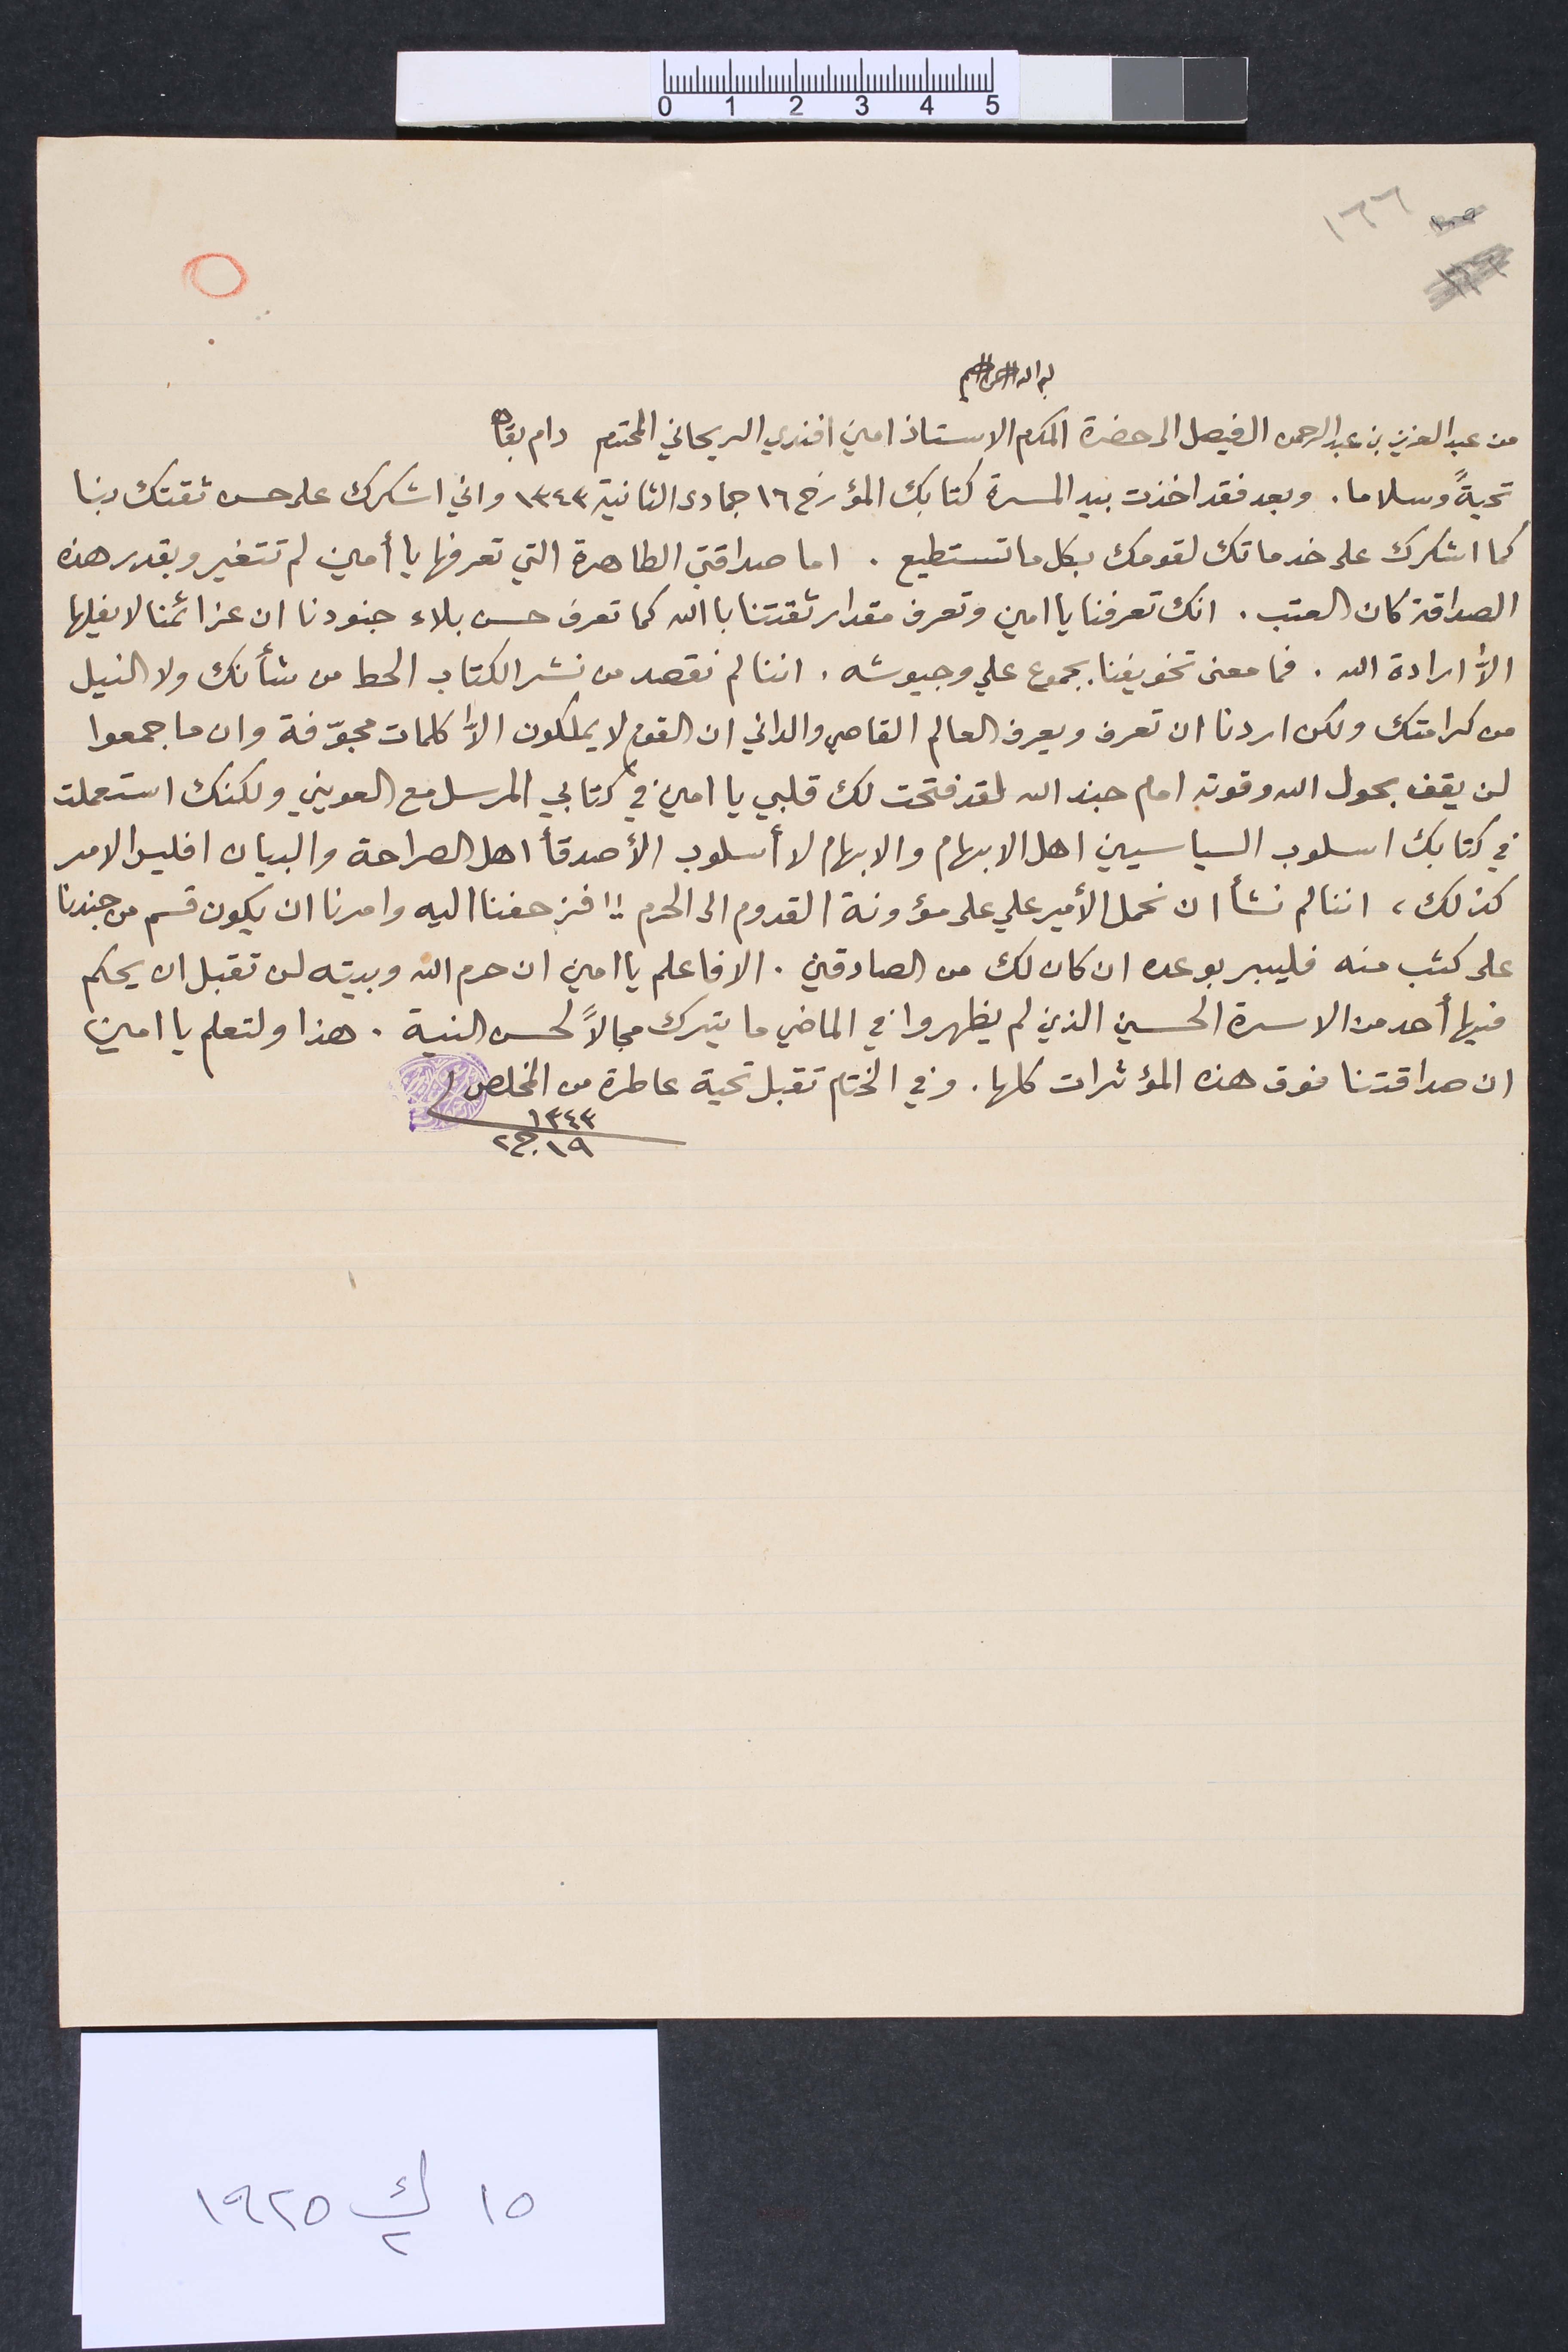
١٦٦					٥
بسم الله الرحمن الرحيم
من عبد العزيز بن عبد الرحمن الفيصل الى حضرة المكرم الاستاذ امين افندي الريحاني دام بقاه
تحيةً وسلاما. وبعد فقد اخذت بيد المسرة كتابك المؤرخ ١٦ جمادى الثانية ١٣٤٣ واني اشكرك على حسن ثقتك بنا
كما اشكرك على خدماتك لقومك بكل ما تستطيع. اما صداقتي الطاهرة التي تعرفها يا أمين لم تتغير وبقدر هذه
الصداقة كان العتب. انك تعرفنا يا امين وتعرف مقدار ثقتنا با الله كما تعرف حسن بلاء جنودنا ان عزائمنا لا يفلها
الاّ ارادة الله. فما معنى تخويفنا بجموع علي وجيوشه. اننا لم نقصد من نشر الكتاب الحط من شأنك ولا النيل
من كرامتك ولكن اردنا ان تعرف ويعرف العالم القاصي والداني ان القوم لا يملكون الاّ كلمات مجوّفة وان ما جمعوا
لن يقف بحول الله وقوته امام جند الله لقد فتحت لك قلبي يا امين في كتابي المرسل مع العويني ولكنك استعملت
في كتابك اسلوب السياسيين اهل الابهام والابهام لا أسلوب الأصدقأ اهل الصراحة والبيان افليس الامر
كذلك، اننا لم نشأ ان نحمل الأمير علي على مؤونة القدوم الى الحرم !! فزحفنا اليه وامرنا ان يكون قسم من جندنا
على كثب منه فليبر بوعده ان كان لك من الصادقين. الا فاعلم يا امين ان حرم الله وبيته لن تقبل ان يحكم
فيها أحد من الاسرة الحسين الذين لم يظهروا في الماضي ما يترك مجالاً لحسن النية. هذا ولتعلم يا امين
ان صداقتنا فوق هذه المؤثرات كلها. وفي الختام تقبل تحية عاطرة من المخلص 	١٣٤٣ ١٩ ج٢
١٥ ك٢ ١٩٢٥